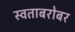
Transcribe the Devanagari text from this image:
स्वताबरोबर